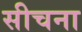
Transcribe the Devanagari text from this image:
सीचना